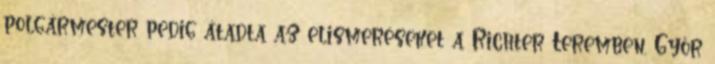
polgármester pedig átadta az elismeréseket a Richter Teremben. Győr